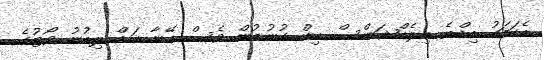
އެކަމަކު އިއްޔެ އިލެކްޝަންސް އިން ގުނުމުން ވެސް އޭނާ އަށް ލިބުނު ވޯޓުގެ